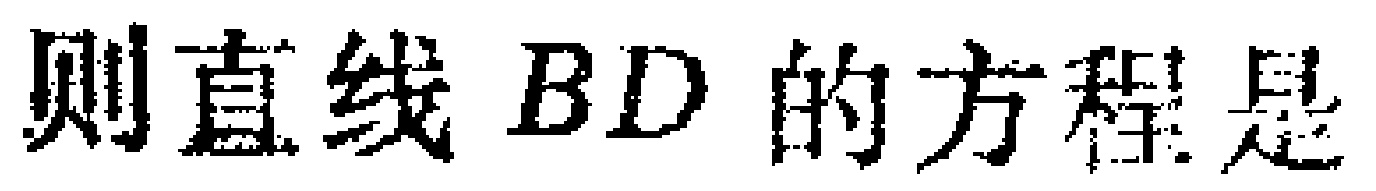
则直线 \(BD\) 的方程是